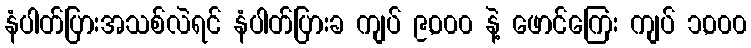
နံပါတ်ပြားအသစ်လဲရင် နံပါတ်ပြားခ ကျပ် ၉,၀၀၀ နဲ့ ဖောင်ကြေး ကျပ် ၁,၀၀၀